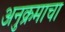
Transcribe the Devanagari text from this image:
अनुक्रमाचा